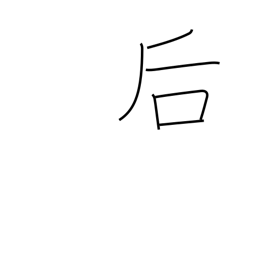
Meaning: back